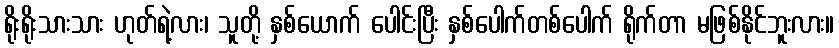
ရိုးရိုးသားသား ဟုတ်ရဲ့လား၊ သူတို့ နှစ်ယောက် ပေါင်းပြီး နှစ်ပေါက်တစ်ပေါက် ရိုက်တာ မဖြစ်နိုင်ဘူးလား။